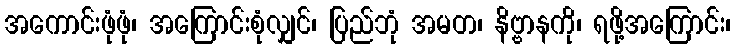
အကောင်းဖုံဖုံ၊ အကြောင်းစုံလျှင်၊ ပြည်ဘုံ အမတ၊ နိဗ္ဗာနကို၊ ရဖို့အကြောင်း၊